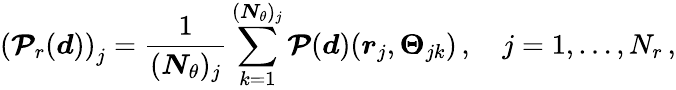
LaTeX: \left(\boldsymbol{\mathcal{P}}_{r}(\boldsymbol{d})\right)_{j}=\frac{1}{(\boldsymbol{N}_{\theta})_{j}}\sum_{k=1}^{(\boldsymbol{N}_{\theta})_{j}}\boldsymbol{\mathcal{P}}(\boldsymbol{d})(\boldsymbol{r}_{j},\boldsymbol{\Theta}_{jk})\, ,\quad j=1,\dots,N_{r}\, ,